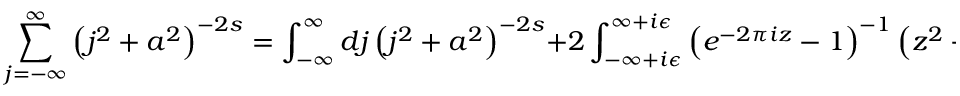
\sum _ { j = - \infty } ^ { \infty } \left( j ^ { 2 } + a ^ { 2 } \right) ^ { - 2 s } = \int _ { - \infty } ^ { \infty } d j \left( j ^ { 2 } + a ^ { 2 } \right) ^ { - 2 s } + 2 \int _ { - \infty + i \epsilon } ^ { \infty + i \epsilon } \left( e ^ { - 2 \pi i z } - 1 \right) ^ { - 1 } \left( z ^ { 2 } + a ^ { 2 } \right) ^ { - 2 s } d z